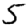
Digit: 5